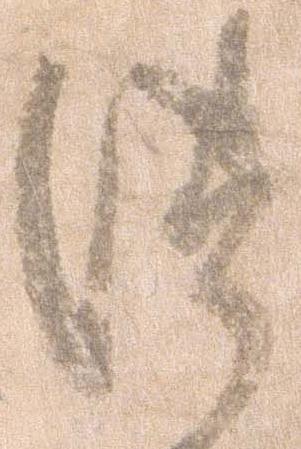
つ